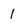
Character: 1